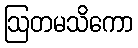
ဩတမသိကော